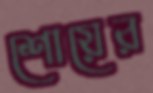
শোয়ের